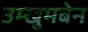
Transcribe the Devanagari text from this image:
उम्खुमबेन